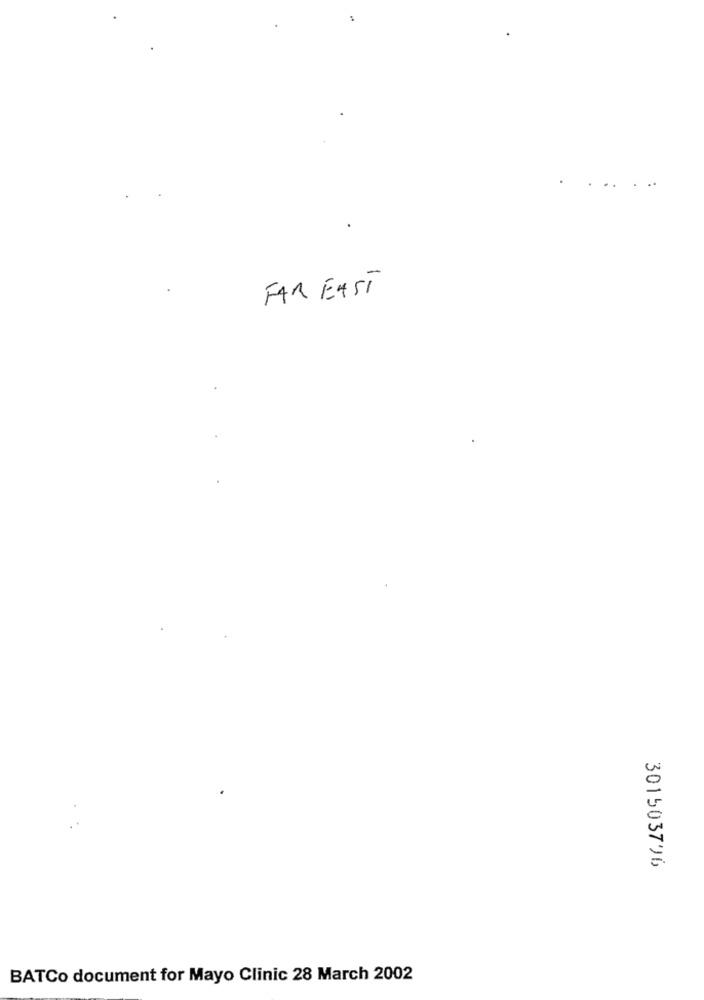
FAR EAST
301503776
BATCo document for Mayo Clinic 28 March 2002